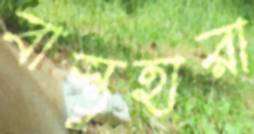
বাস্তুহারা